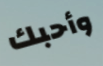
وأحبك